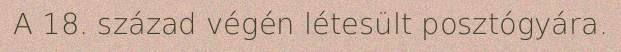
A 18. század végén létesült posztógyára.